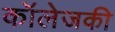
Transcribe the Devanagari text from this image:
कॉलेजकी